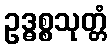
ဥဒ္ဓစ္စသုတ္တံ